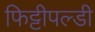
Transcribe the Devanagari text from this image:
फिट्टीपल्डी